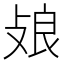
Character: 𢽂